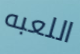
اللعبه